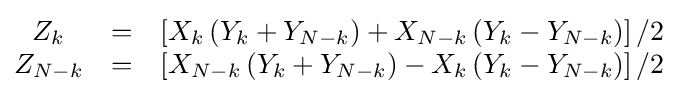
{\begin{matrix}Z_{k}&=&\left[X_{k}\left(Y_{k}+Y_{N-k}\right)+X_{N-k}\left(Y_{k}-Y_{N-k}\right)\right]/2\\Z_{N-k}&=&\left[X_{N-k}\left(Y_{k}+Y_{N-k}\right)-X_{k}\left(Y_{k}-Y_{N-k}\right)\right]/2\end{matrix}}